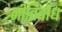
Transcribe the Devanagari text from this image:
नीतिबोध